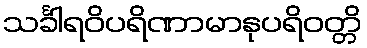
သင်္ခါရဝိပရိဏာမာနုပရိဝတ္တိ